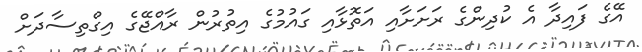
އޭގެ ފައިދާ އެ ކުދިންގެ ރަށަށާއި އަތޮޅާއި ގައުމުގެ އިތުރުން ރާއްޖޭގެ އިގްތިސާދަށް